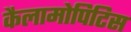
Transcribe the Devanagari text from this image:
कैलामोपिटिस